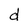
Character: d